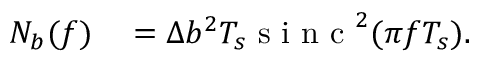
\begin{array} { r l } { N _ { b } ( f ) } & { { } = \Delta b ^ { 2 } T _ { s } \mathrm { ~ s ~ i ~ n ~ c ~ } ^ { 2 } ( \pi f T _ { s } ) . } \end{array}